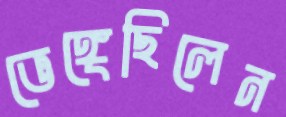
ভেঙ্গেছিলেন